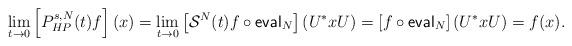
LaTeX: \begin{align*}\underset{t \to 0}{\lim}\left[P^{s,N}_{HP}(t)f\right](x)=\underset{t \to 0}{\lim}\left[\mathcal{S}^N(t)f\circ \mathsf{eval}_N\right](U^*xU)=\left[f\circ \mathsf{eval}_N\right](U^*xU)=f(x).\end{align*}